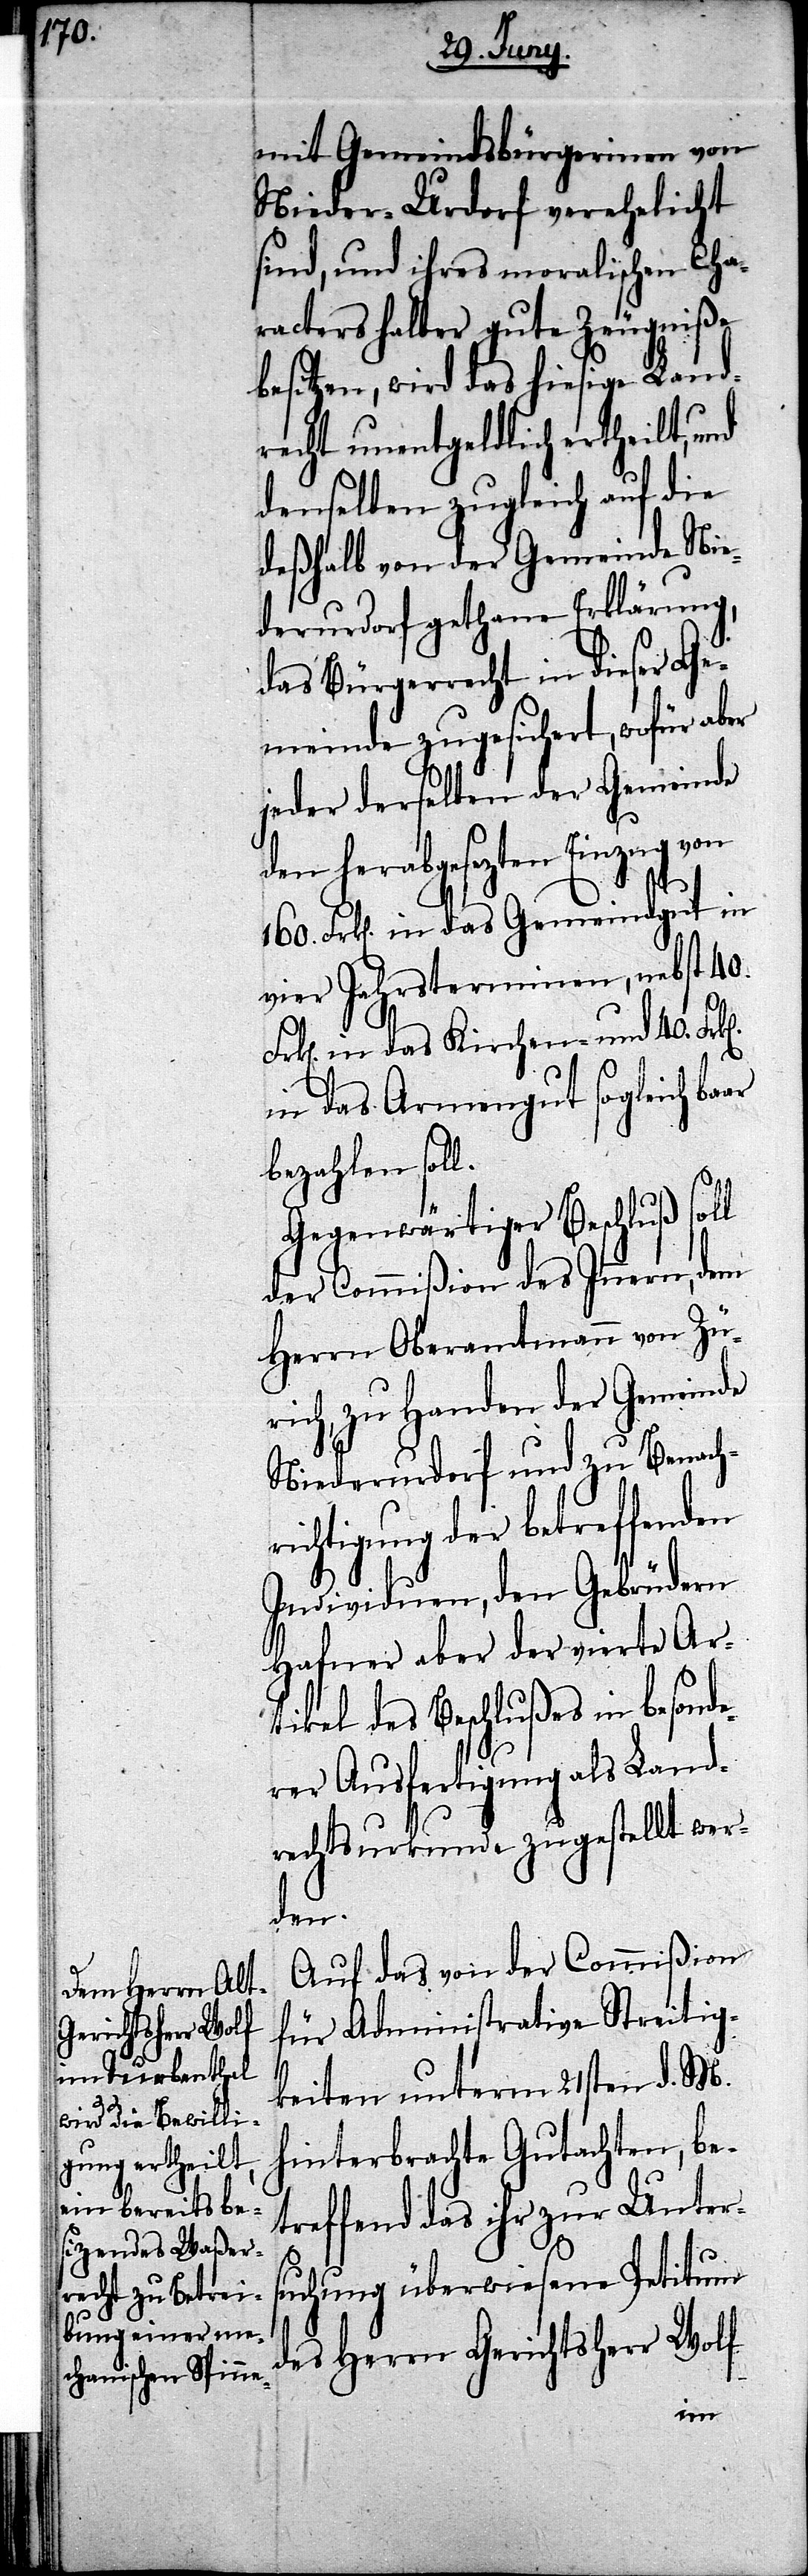
mit Gemeindsbürgerinen von
Nieder-Urdorf verehelicht
sind, und ihres moralischen Cha¬
racters halber gute Zeugniße
besitzen, wird das hiesige Land¬
recht unentgeldlich ertheilt, und
denselben zugleich auf die
deßhalb von der Gemeinde Nie¬
derurdorf gethane Erklärung,
das Bürgerrecht in dieser Ge¬
meinde zugesichert, wofür aber
jeder derselben der Gemeinde
den herabgesezten Einzug von
Frk[en]. in das Gemeindgut in
vier Jahrsterminen, nebst 40.
in das Kirchen- und 40. Fr¬
in das Armengut sogleich ba¬
bezahlen soll.
Gegenwärtiger Beschluß soll
der Commißion des Innern, dem
Herrn Oberamtmann von Zü¬
rich, zu Handen der Gemeinde
Niederurdorf und zu Benach¬
richtigung der betreffenden
Individuen, den Gebrüdern
Hafner aber der vierte Ar¬
tikel des Beschlußes als Land¬
rechtsurkunde zugestellt wer¬
den.
Auf das von der Commißion
für Administrative Streitig¬
keiten unterm 21sten d. M.
hinterbrachte Gutachten, be¬
treffend das ihr zur Unter¬
suchung überwiesene Petitum
des Herrn Gerichtsherr Wolf
ar